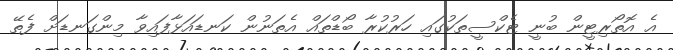
އެ އޮތޯރިޓީން ބުނީ ޓެކްސީތަކުގައި ހަރުކުރާ ބޯޑްތައް އެތަނުން ކަނޑައަޅާފައިވާ މިންގަނޑަށް ފެތޭ